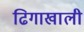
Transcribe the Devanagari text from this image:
ढिगाखाली